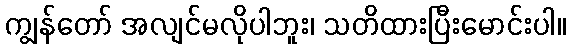
ကျွန်တော် အလျင်မလိုပါဘူး၊ သတိထားပြီးမောင်းပါ။